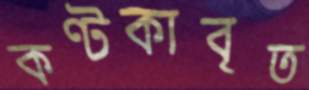
কণ্টকাবৃত